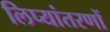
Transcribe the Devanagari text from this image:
लिप्यांतरणों